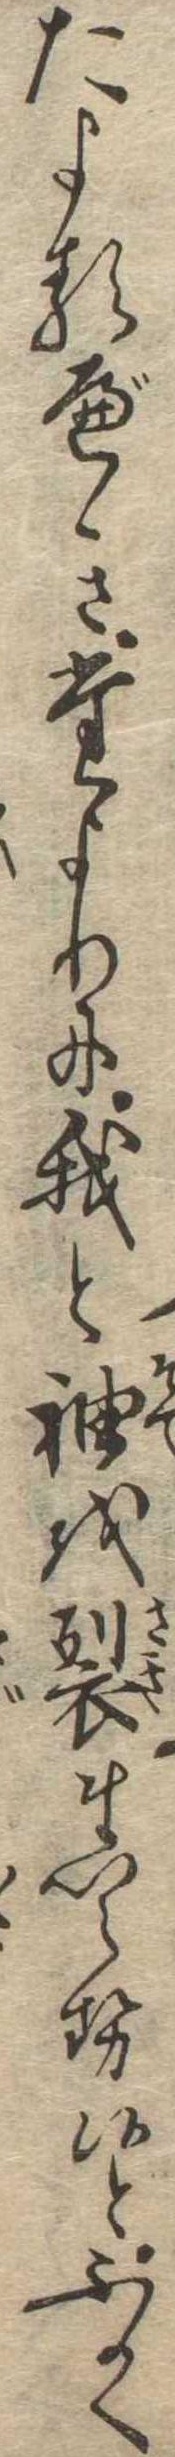
たよるべきたよりに我と袖を裂まいらせ候とふかく